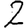
Digit: 2